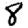
Digit: 8